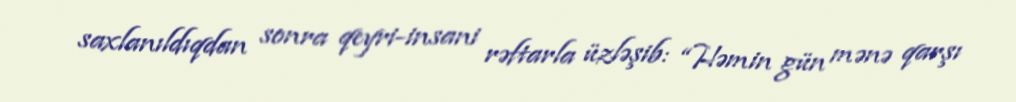
saxlanıldıqdan sonra qeyri-insani rəftarla üzləşib: “Həmin gün mənə qarşı